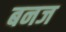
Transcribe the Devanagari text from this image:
बनज